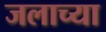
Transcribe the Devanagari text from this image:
जलाच्या